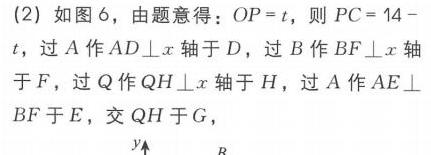
(2) 如图6，由题意得：\(OP = t\)，则\(PC = 14 - t\)，过\(A\)作\(AD\perp x\)轴于\(D\)，过\(B\)作\(BF\perp x\)轴
于\(F\)，过\(Q\)作\(QH\perp x\)轴于\(H\)，过\(A\)作\(AE\perp BF\)于\(E\)，交\(QH\)于\(G\)，